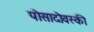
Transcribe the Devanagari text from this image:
पोसादोवस्की